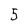
Character: 5